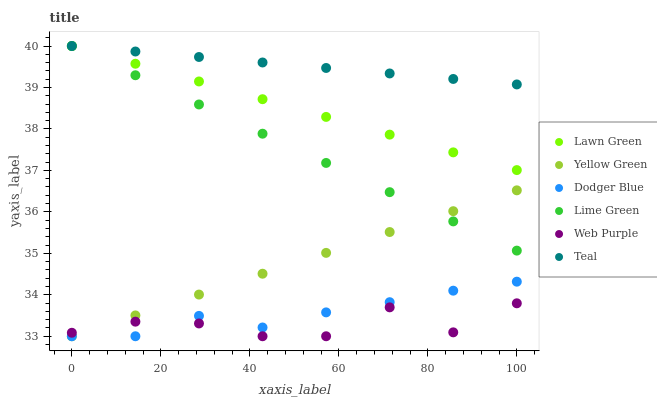
| xaxis_label | Lawn Green | Yellow Green | Dodger Blue | Lime Green | Web Purple | Teal |
 | --- | --- | --- | --- | --- | --- | --- |
 | 0 | 40 | 33 | 33 | 40 | 33.1 | 40 |
 | 14.3 | 39.6 | 33.5 | 33 | 39.3 | 33.4 | 39.9 |
 | 28.6 | 39.1 | 34 | 33.5 | 38.6 | 33.3 | 39.7 |
 | 42.9 | 38.7 | 34.5 | 33.2 | 37.9 | 33 | 39.6 |
 | 57.1 | 38.3 | 35 | 33.6 | 37.2 | 33 | 39.5 |
 | 71.4 | 37.9 | 35.5 | 33.8 | 36.5 | 33.7 | 39.3 |
 | 85.7 | 37.4 | 36 | 34.1 | 35.8 | 33.1 | 39.2 |
 | 100 | 37 | 36.5 | 34.3 | 35.1 | 33.8 | 39.1 |